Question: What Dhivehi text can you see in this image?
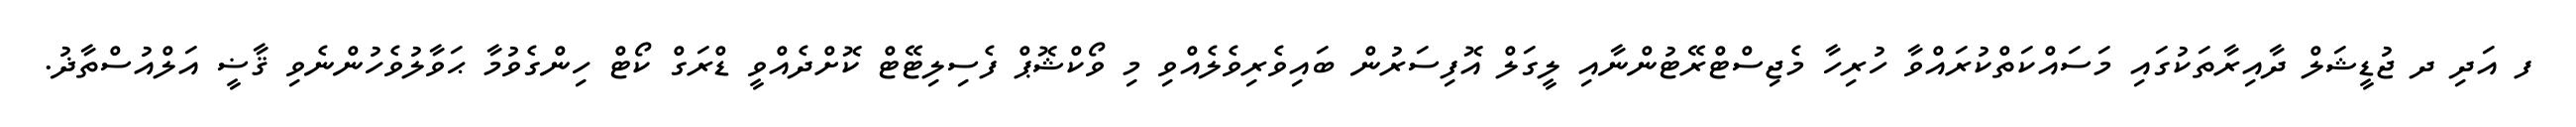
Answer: ފ އަދި ދ ޖުޑީޝަލް ދާއިރާތަކުގައި މަސައްކަތްކުރައްވާ ހުރިހާ މެޖިސްޓްރޭޓުންނާއި ލީގަލް އޮފިސަރުން ބައިވެރިވެލެއްވި މި ވޯކްޝޮޕް ފެސިލިޓޭޓް ކޮށްދެއްވީ ޑްރަގް ކޯޓް ހިންގެވުމާ ޙަވާލުވެހުންނެވި ޤާޟީ އަލްއުސްތާޛު.